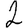
Digit: 2